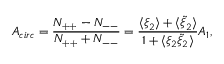
A _ { c i r c } = \frac { N _ { + + } - N _ { -- } } { N _ { + + } + N _ { -- } } = \frac { \langle \xi _ { 2 } \rangle + \langle \tilde { \xi } _ { 2 } \rangle } { 1 + \langle \xi _ { 2 } \tilde { \xi } _ { 2 } \rangle } { \cal A } _ { 1 } ,